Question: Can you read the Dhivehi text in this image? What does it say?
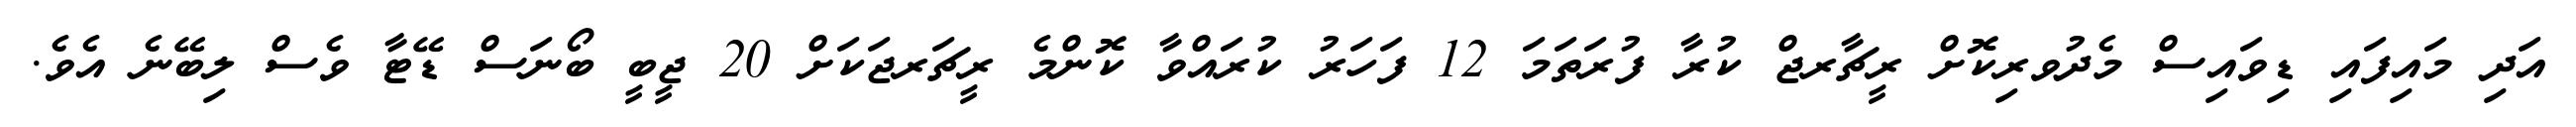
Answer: އަދި މައިފައި ޑިވައިސް މެދުވރިކޮށް ރީޗާރޖް ކުރާ ފުރަތަމަ 12 ފަހަރު ކުރައްވާ ކޮންމެ ރީޗަރޖަކަށް 20 ޖީބީ ބޯނަސް ޑޭޓާ ވެސް ލިބޭނެ އެވެ.